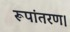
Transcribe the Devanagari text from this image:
रूपांतरण।